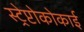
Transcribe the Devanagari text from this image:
स्ट्रेप्टोकोकाई